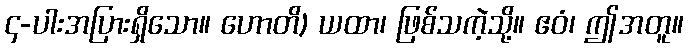
၄-ပါးအပြားရှိသော။ ဟောတိ) ယထာ၊ ဖြစ်သကဲ့သို့။ ဧဝံ၊ ဤအတူ။